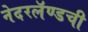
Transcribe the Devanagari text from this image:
नेदरलॅण्डची